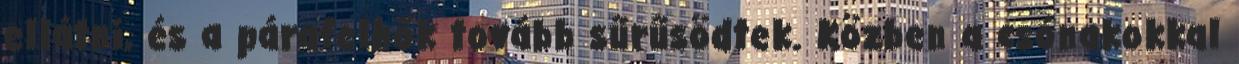
ellátni, és a párafelhők tovább sűrűsödtek. Közben a csónakokkal